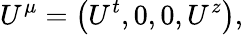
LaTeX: U^{\mu}=\left(U^{t},0,0,U^{z}\right),